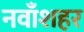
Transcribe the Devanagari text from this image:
नवाँशहर